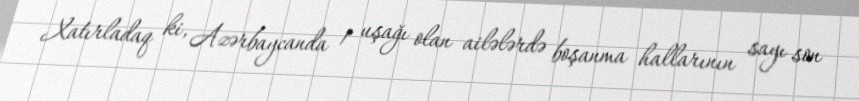
Xatırladaq ki, Azərbaycanda 1 uşağı olan ailələrdə boşanma hallarının sayı son